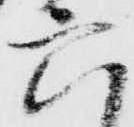
六